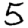
Digit: 5